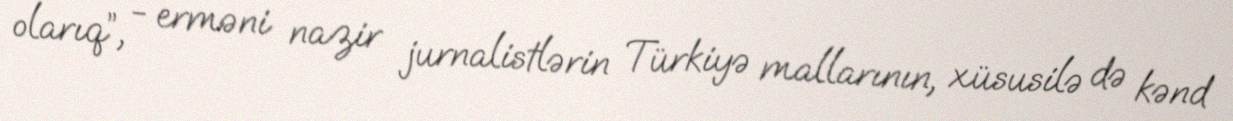
olarıq”, - erməni nazir jurnalistlərin Türkiyə mallarının, xüsusilə də kənd